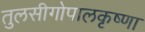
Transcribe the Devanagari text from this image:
तुलसीगोपालकृष्‍णा